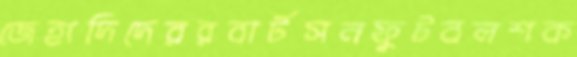
জেহাদিদেররবার্টসনফুটবলশক